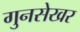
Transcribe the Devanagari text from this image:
गुनसेखर